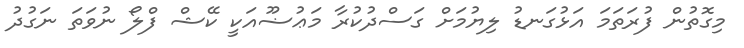
މިގޮތުން ފުރަތަމަ އަޅުގަނޑު ލިޔުމަށް ގަސްދުކުރާ މަޢުޟޫއަކީ ކޭޝް ފްލޯ ނުވަތަ ނަގުދު